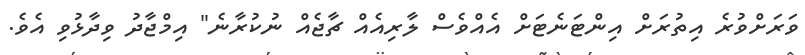
ވަރަށްވުރެ އިތުރަށް އިންޓަނެޓަށް އެއްވެސް ލާރިއެއް ޗާޖެއް ނުކުރާނެ" އިމްޖާދު ވިދާޅުވި އެވެ.